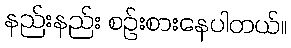
နည်းနည်း စဉ်းစားနေပါတယ်။